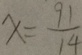
x = \frac { 9 1 } { 1 4 }